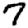
Digit: 7